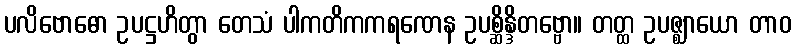
ပလိဗောဓော ဥပဋ္ဌဟိတွာ တေသံ ပါကတိကကရဏေန ဥပစ္ဆိန္ဒိတဗ္ဗော။ တတ္ထ ဥပဇ္ဈာယော တာဝ